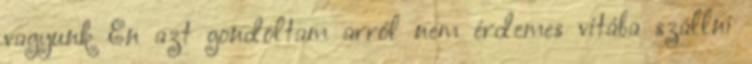
vagyunk Én azt gondoltam arról nem érdemes vitába szállni